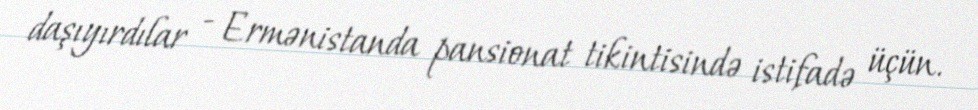
daşıyırdılar - Ermənistanda pansionat tikintisində istifadə üçün.